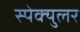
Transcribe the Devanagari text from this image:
स्पेक्युलर